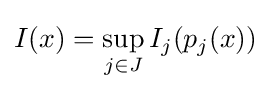
I(x)=\sup _{j\in J}I_{j}(p_{j}(x))